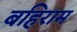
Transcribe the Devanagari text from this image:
बहिराम